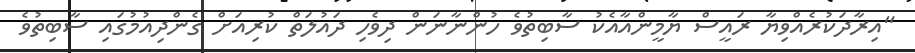
"އިރާދަކުރެއްވިޔާ ރައީސް ޔާމީންއާއެކު ސާބިތުވެ ހުންނާނަން ދިވެހި ދައުލަތް ކުރިއަށް ގެންދިއުމުގައި ސާބިތުވެ